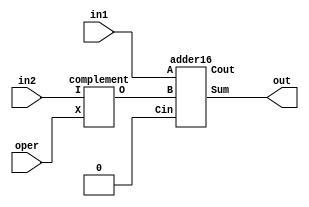
`timescale 1ns / 1ps
//////////////////////////////////////////////////////////////////////////////////
// Company: 
// Engineer: 
// 
// Design Name: 
// Module Name:    add_sub 
// Project Name: 
// Target Devices: 
// Tool versions: 
// Description: 
//
// Dependencies: 
//
// Revision: 
// Revision 0.01 - File Created
// Additional Comments: 
//
//////////////////////////////////////////////////////////////////////////////////
module add_sub( //16-Bit Adder Block
    input [15:0]in1, // MSB is sign bit
    input [15:0]in2, // MSB is sign bit
    input oper, // Addition or Subtraction
    output [15:0]out // MSB is sign bit
    );
	wire carry;
	wire [15:0]compB;
	
	complement C1(.I(in2[15:0]),.X(oper),.O(compB[15:0]));
	adder16 S1(.A(in1[15:0]),.B(compB[15:0]),.Cin(1'b0),.Sum(out[15:0]),.Cout());
	
endmodule

module adder16(
    input [15:0] A,
    input [15:0] B,
    input Cin,
    output [15:0] Sum,
    output Cout
    );
	wire ripple;
	adder08 E2(.A(A[7:0]),  .B(B[7:0]),  .Cin(Cin),     .Sum(Sum[7:0]),  .Cout(ripple));
	adder08 E3(.A(A[15:8]), .B(B[15:8]), .Cin(ripple), .Sum(Sum[15:8]), .Cout(Cout));

endmodule

module adder08(
    input [7:0] A,
    input [7:0] B,
	input Cin,
	output [7:0] Sum,
	output Cout
    );
	wire ripple;
	adder04 F1(.a(A[3:0]), .b(B[3:0]), .cin(Cin), .sum(Sum[3:0]), .carry(ripple));
	adder04 F2(.a(A[7:4]), .b(B[7:4]), .cin(ripple), .sum(Sum[7:4]), .carry(Cout));

endmodule

// module 9
module adder04(
	 input [3:0]a,
	 input [3:0]b,
	 input cin,
	 output [3:0]sum,
	 output carry
	 );
	wire w1,w2,w3;
	adder_full G1(.a(a[0]),  .b(b[0]),  .cin(cin),  .sum(sum[0]),  .carry(w1));
	adder_full G2(.a(a[1]),  .b(b[1]),  .cin(w1),   .sum(sum[1]),  .carry(w2));
	adder_full G3(.a(a[2]),  .b(b[2]),  .cin(w2),   .sum(sum[2]),  .carry(w3));
	adder_full G4(.a(a[3]),  .b(b[3]),  .cin(w3),   .sum(sum[3]),  .carry(carry));

endmodule

module adder_full(
	 input a,
	 input b,
	 input cin,
	 output sum,
	 output carry
	 );
	wire w1,w2,w3;
	adder_half H1(.a(a),    .b(b),    .sum(w1),   .carry(w2));
	adder_half H2(.a(w1),   .b(cin),  .sum(sum),  .carry(w3));
	or(carry,w2,w3);

endmodule

module adder_half(
	 input a,
	 input b,
	 output sum,
	 output carry
	 );
	xor(sum,a,b);
	and(carry,a,b);
	
endmodule

module complement(
	 input [15:0]I,
	 input X,
	 output [15:0]O
	 );
	xor(O[15], X, I[15]);
	xor(O[14], X, I[14]);
	xor(O[13], X, I[13]);
	xor(O[12], X, I[12]);
	xor(O[11], X, I[11]);
	xor(O[10], X, I[10]);
	xor(O[9],  X, I[9]);
	xor(O[8],  X, I[8]);
	xor(O[7],  X, I[7]);
	xor(O[6],  X, I[6]);
	xor(O[5],  X, I[5]);
	xor(O[4],  X, I[4]);
	xor(O[3],  X, I[3]);
	xor(O[2],  X, I[2]);
	xor(O[1],  X, I[1]);
	xor(O[0],  X, I[0]);
endmodule